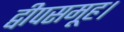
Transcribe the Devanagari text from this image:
द्वीपसमूह।